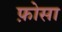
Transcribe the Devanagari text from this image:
फ़ोसा